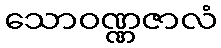
သောဝဏ္ဏဇာလံ